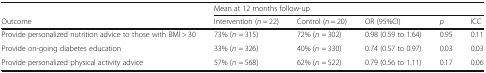
<table><thead><tr><td>[EMPTY_CELL]</td><td colspan="5"><b>Mean at 12 months follow-up</b></td></tr><tr><td><b>Outcome</b></td><td><b>Intervention (<i>n</i> = 22)</b></td><td><b>Control (<i>n</i> = 20)</b></td><td><b>OR (95%CI)</b></td><td><b><i>p</i></b></td><td><b>ICC</b></td></tr></thead><tbody><tr><td>Provide personalized nutrition advice to those with BMI &gt; 30</td><td>73% (<i>n</i> = 315)</td><td>72% (<i>n</i> = 302)</td><td>0.98 (0.59 to 1.64)</td><td>0.95</td><td>0.11</td></tr><tr><td>Provide on-going diabetes education</td><td>33% (<i>n</i> = 326)</td><td>40% (<i>n</i> = 330)</td><td>0.74 (0.57 to 0.97)</td><td>0.03</td><td>0.03</td></tr><tr><td>Provide personalized physical activity advice</td><td>57% (<i>n</i> = 568)</td><td>62% (<i>n</i> = 522)</td><td>0.79 (0.56 to 1.11)</td><td>0.17</td><td>0.06</td></tr></tbody></table>